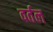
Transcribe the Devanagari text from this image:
वर्तल